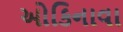
ઓકિનાવા